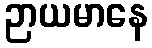
ဉာယမာနေ